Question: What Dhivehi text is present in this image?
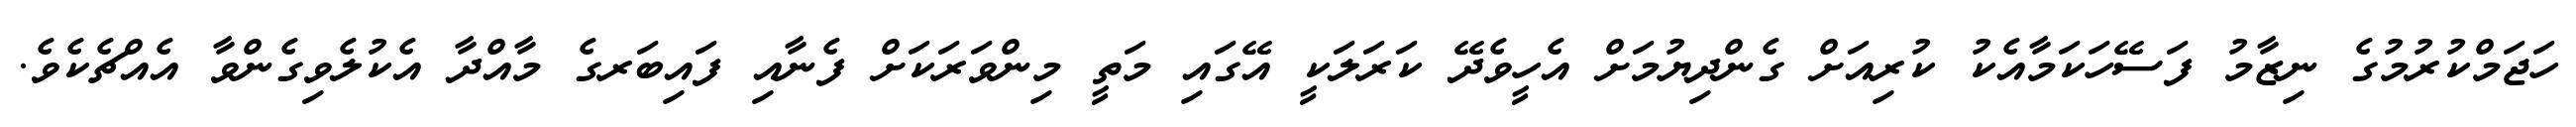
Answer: ހަޖަމްކުރުމުގެ ނިޒާމު ފަސޭހަކަމާއެކު ކުރިއަށް ގެންދިޔުމަށް އެހީވެދޭ ކަރަލަކީ އޭގައި މަތީ މިންވަރަކަށް ފެނާއި ފައިބަރގެ މާއްދާ އެކުލެވިގެންވާ އެއްޗެކެވެ.